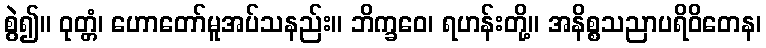
စွဲ၍။ ဝုတ္တံ၊ ဟောတော်မူအပ်သနည်း။ ဘိက္ခဝေ၊ ရဟန်းတို့။ အနိစ္စသညာပရိဝိတေန၊